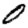
Digit: 0